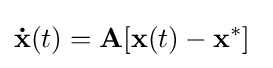
\mathbf {\dot {x}} (t)=\mathbf {A} [\mathbf {x} (t)-\mathbf {x} ^{*}]~